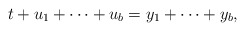
\begin{align*} t+u_1+\cdots+u_b=y_1+\cdots+y_b, \end{align*}